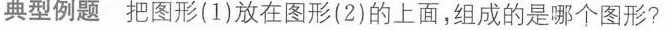
典型例题把图形(1)放在图形(2)的上面，组成的是哪个图形?